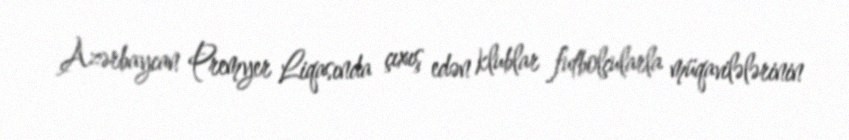
Azərbaycan Premyer Liqasında çıxış edən klublar futbolçularla müqavilələrinin